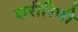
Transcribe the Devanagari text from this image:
शरीरिणी